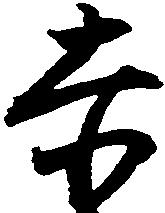
赤